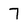
Character: 7